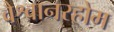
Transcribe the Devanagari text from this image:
वैश्वानरहोम